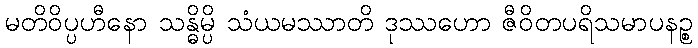
မတိဝိပ္ပဟီနော သန္ဓိမ္ပိ သံယမဿာတိ ဒုဿဟော ဇီဝိတပရိသမာပနဉ္စ